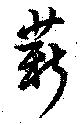
薪